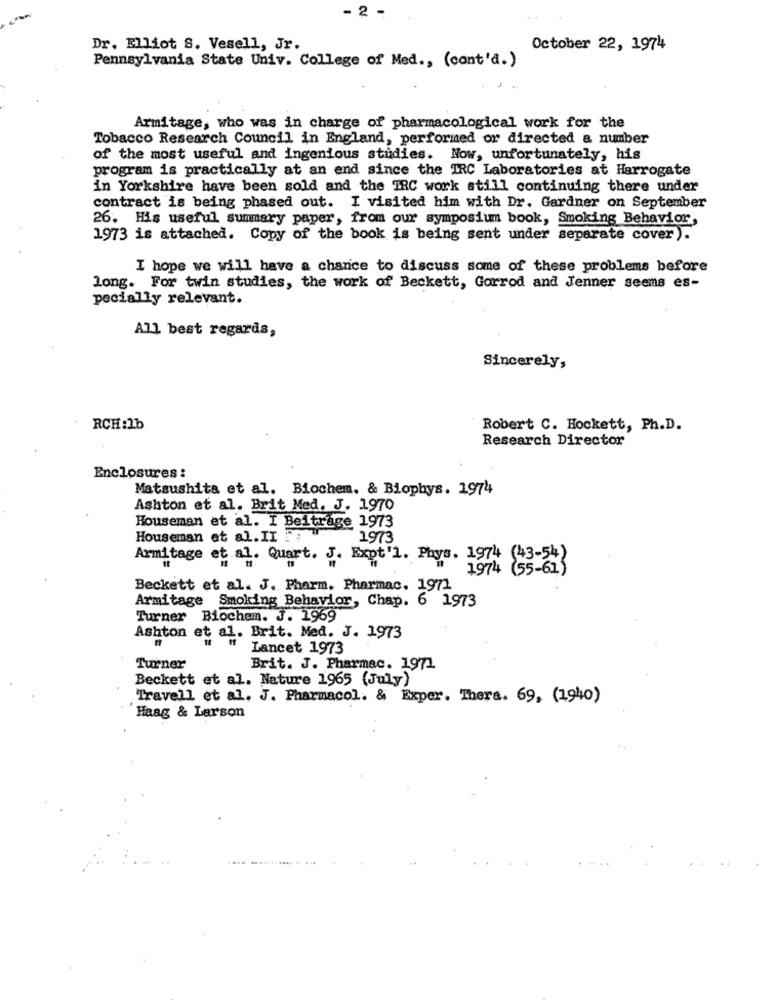
- 2 -
Dr. Elliot S. Vesell, Jr.
October 22, 1974
Pennsylvania State Univ. College of Med ., (cont'a.)
Armitage, who was in charge of pharmacological work for the
Tobacco Research Council in England, performed or directed a number
of the most useful and ingenious studies. Now, unfortunately, his
program is practically at an end since the IRC Laboratories at Harrogate
in Yorkshire have been sold and the IRC work still continuing there under
contract is being phased out. I visited him with Dr. Gardner on September
26. His useful summary paper, from our symposium book, Smoking Behavior,
1973 is attached. Copy of the book is being sent under separate cover).
I hope we will have a chance to discuss some of these problems before
long. For twin studies, the work of Beckett, Gorrod and Jenner seems es-
pecially relevant.
All best regards,
Sincerely,
RCH:1b
Robert C. Hockett, Ph.D.
Research Director
Enclosures :
Matsushita et al. Biochem. & Biophys. 1974
Ashton et al. Brit Med. J. 1970
Houseman et al. I Beitrage 1973
Houseman et al. II 2;
1973
Armitage et al. Quart. J. Expt'l. Phys. 1974 (43-54)
1974 (55-61)
Beckett et al. J. Pharm. Pharmac, 1971
Armitage Smoking Behavior, Chap. 6 1973
Turner Biochem. J. 1969
Ashton et al. Brit. Med. J. 1973
Lancet 1973
Turner
Brit. J. Pharmac. 1971
Beckett et al. Nature 1965 (July)
Travell et al. J. Pharmacol. & Exper. Thers. 69, (1940)
Haag & Larson